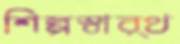
শিল্পস্বার্থ